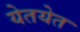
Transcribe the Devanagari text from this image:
येतयेत